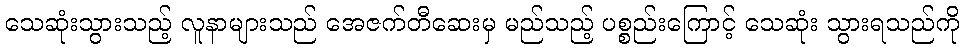
သေဆုံးသွားသည့် လူနာများသည် အေဇက်တီဆေးမှ မည်သည့် ပစ္စည်းကြောင့် သေဆုံး သွားရသည်ကို